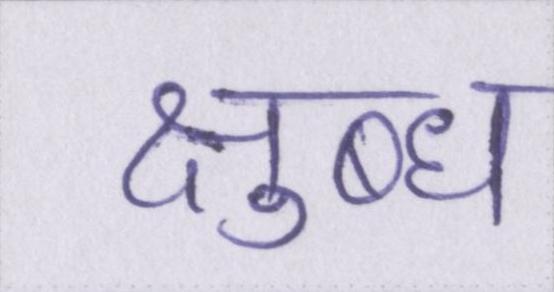
क्षुब्ध